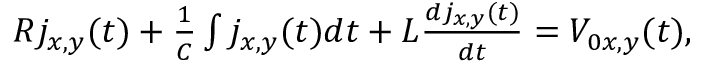
\begin{array} { r } { R j _ { x , y } ( t ) + \frac { 1 } { C } \int j _ { x , y } ( t ) d t + L \frac { d j _ { x , y } ( t ) } { d t } = V _ { 0 x , y } ( t ) , } \end{array}